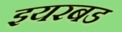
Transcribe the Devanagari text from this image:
इयरबड